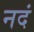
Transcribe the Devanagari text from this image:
नदं